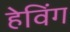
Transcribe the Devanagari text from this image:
हेविंग